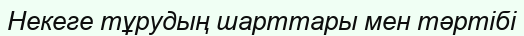
Некеге тұрудың шарттары мен тәртібі